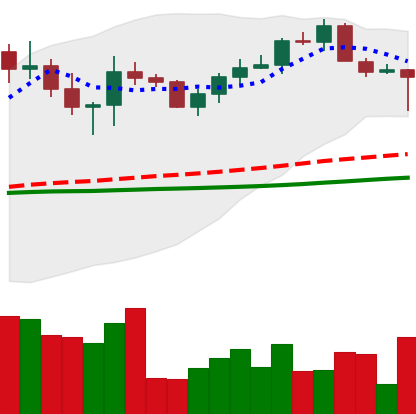
Ticker: XRP-USD
Chart end date: 2022-10-13
Forward return: -3.085%
Label: down_3_5